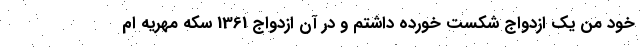
خود من یک ازدواج شکست خورده داشتم و در آن ازدواج 1361 سکه مهریه ام